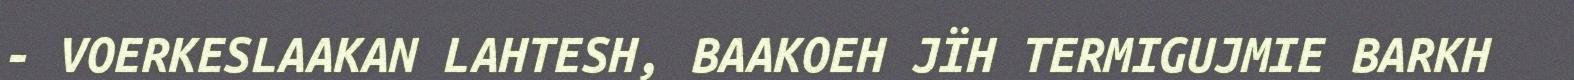
- VOERKESLAAKAN LAHTESH, BAAKOEH JÏH TERMIGUJMIE BARKH